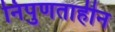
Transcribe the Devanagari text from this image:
निपुणताहीन